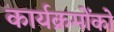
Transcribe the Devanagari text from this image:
कार्यक्रमोंको